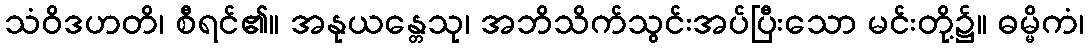
သံဝိဒဟတိ၊ စီရင်၏။ အနုယန္တေသု၊ အဘိသိက်သွင်းအပ်ပြီးသော မင်းတို့၌။ ဓမ္မိကံ၊